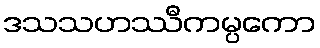
ဒသသဟဿီကမ္ပကော